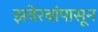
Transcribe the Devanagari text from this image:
झवेरबांपासून